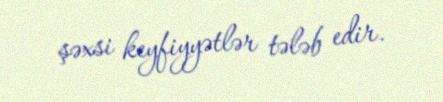
şəxsi keyfiyyətlər tələb edir.